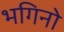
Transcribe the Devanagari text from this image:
भगिनो